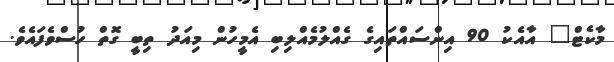
މާކެޓް" އާއެކު 90 އިންސައްތައިގެ ގެއްލުމެއްލިބި އެމީހުން މިއަދު ތިބީ ގޮތް ހުސްވެފައެވެ.